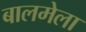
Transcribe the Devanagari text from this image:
बालमेला